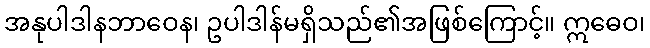
အနုပါဒါနဘာဝေန၊ ဥပါဒါန်မရှိသည်၏အဖြစ်ကြောင့်။ ဣဓေဝ၊